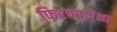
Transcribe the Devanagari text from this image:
फिरण्यापेक्षा